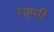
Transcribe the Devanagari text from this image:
राष्ट्रमी